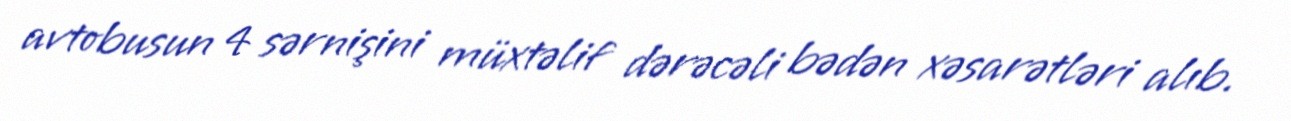
avtobusun 4 sərnişini müxtəlif dərəcəli bədən xəsarətləri alıb.